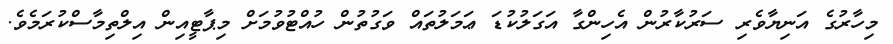
މިހާރުގެ އަނިޔާވެރި ސަރުކާރުން އެހިންގާ އަގަލުކުޑަ ޢަމަލުތައް ވަގުތުން ހުއްޓުވުމަށް މިޕާޓީއިން އިލްތިމާސްކުރަމެވެ.